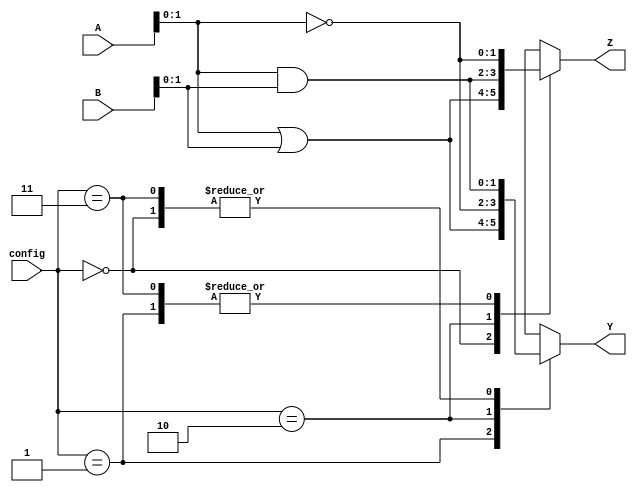
module combinational_logic_block #(
    parameter INPUT_WIDTH = 4,   // Number of bits for input
    parameter OUTPUT_WIDTH = 2    // Number of bits for output
)(
    input  [INPUT_WIDTH-1:0] A,  // Input signals
    input  [INPUT_WIDTH-1:0] B,  // Input signals
    input  [1:0] config,          // Configuration signals (for LUT selection)
    output reg [OUTPUT_WIDTH-1:0] Y, // Output signals
    output reg [OUTPUT_WIDTH-1:0] Z  // Output signals
);

// Intermediate signals
wire [INPUT_WIDTH-1:0] and_out;
wire [INPUT_WIDTH-1:0] or_out;
wire [INPUT_WIDTH-1:0] not_out;

// Combinational Logic Functions
assign and_out = A & B;  // AND operation
assign or_out = A | B;   // OR operation
assign not_out = ~A;     // NOT operation

// Output Logic based on configuration
always @(*) begin
    case (config)
        2'b00: begin
            Y = and_out[OUTPUT_WIDTH-1:0]; // Select AND output
            Z = or_out[OUTPUT_WIDTH-1:0];  // Select OR output
        end
        2'b01: begin
            Y = or_out[OUTPUT_WIDTH-1:0];  // Select OR output
            Z = not_out[OUTPUT_WIDTH-1:0]; // Select NOT output
        end
        2'b10: begin
            Y = not_out[OUTPUT_WIDTH-1:0]; // Select NOT output
            Z = and_out[OUTPUT_WIDTH-1:0]; // Select AND output
        end
        2'b11: begin
            Y = and_out[OUTPUT_WIDTH-1:0]; // Select AND output
            Z = not_out[OUTPUT_WIDTH-1:0]; // Select NOT output
        end
        default: begin
            Y = 0;
            Z = 0;
        end
    endcase
end

endmodule